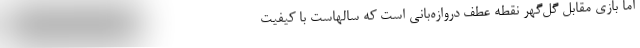
اما بازی مقابل گل‌گهر نقطه عطف دروازه‌بانی است که سالهاست با کیفیت